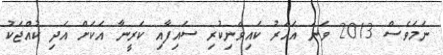
ނަމަވެސް 2013 ވަނަ އަހަރު ކައިވެނިކުރި ސައިފާއި ކަރީނާ އަކަށް އަދި ކުއްޖަކު